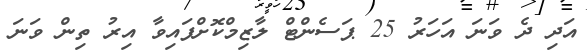
އަދި ދެ ވަނަ އަހަރު 25 ޕަސެންޓް ލާޒިމްކޮށްފައިވާ އިރު ތިން ވަނަ